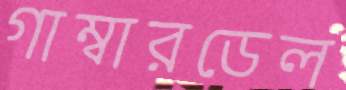
গাম্বারডেল